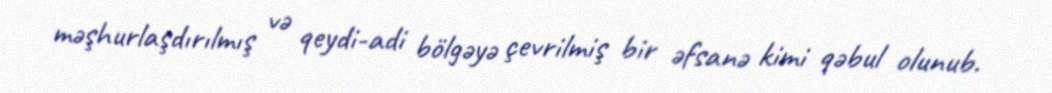
məşhurlaşdırılmış və qeydi-adi bölgəyə çevrilmiş bir əfsanə kimi qəbul olunub.